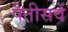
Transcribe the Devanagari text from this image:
पैतीसवें